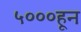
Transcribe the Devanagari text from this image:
५०००हून